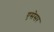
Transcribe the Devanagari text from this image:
एसेसर